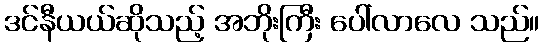
ဒင်နီယယ်ဆိုသည့် အဘိုးကြီး ပေါ်လာလေ သည်။